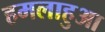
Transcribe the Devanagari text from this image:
हमलाहुआ